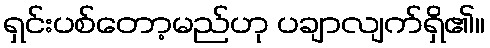
ရှင်းပစ်တော့မည်ဟု ပချာလျက်ရှိ၏။